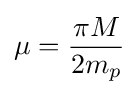
\mu ={\frac {\pi M}{2m_{p}}}